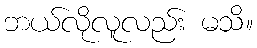
ဘယ်လိုလူလည်း မသိ။